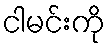
ငါမင်းကို